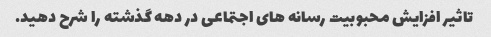
تاثیر افزایش محبوبیت رسانه های اجتماعی در دهه گذشته را شرح دهید.